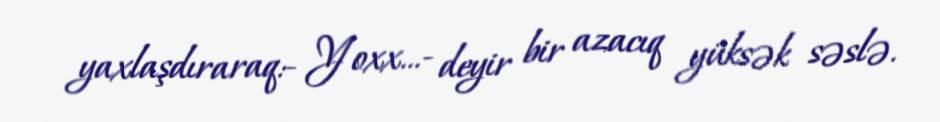
yaxlaşdıraraq:- Yoxx...- deyir bir azacıq yüksək səslə.